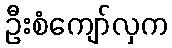
ဦးစံကျော်လှက